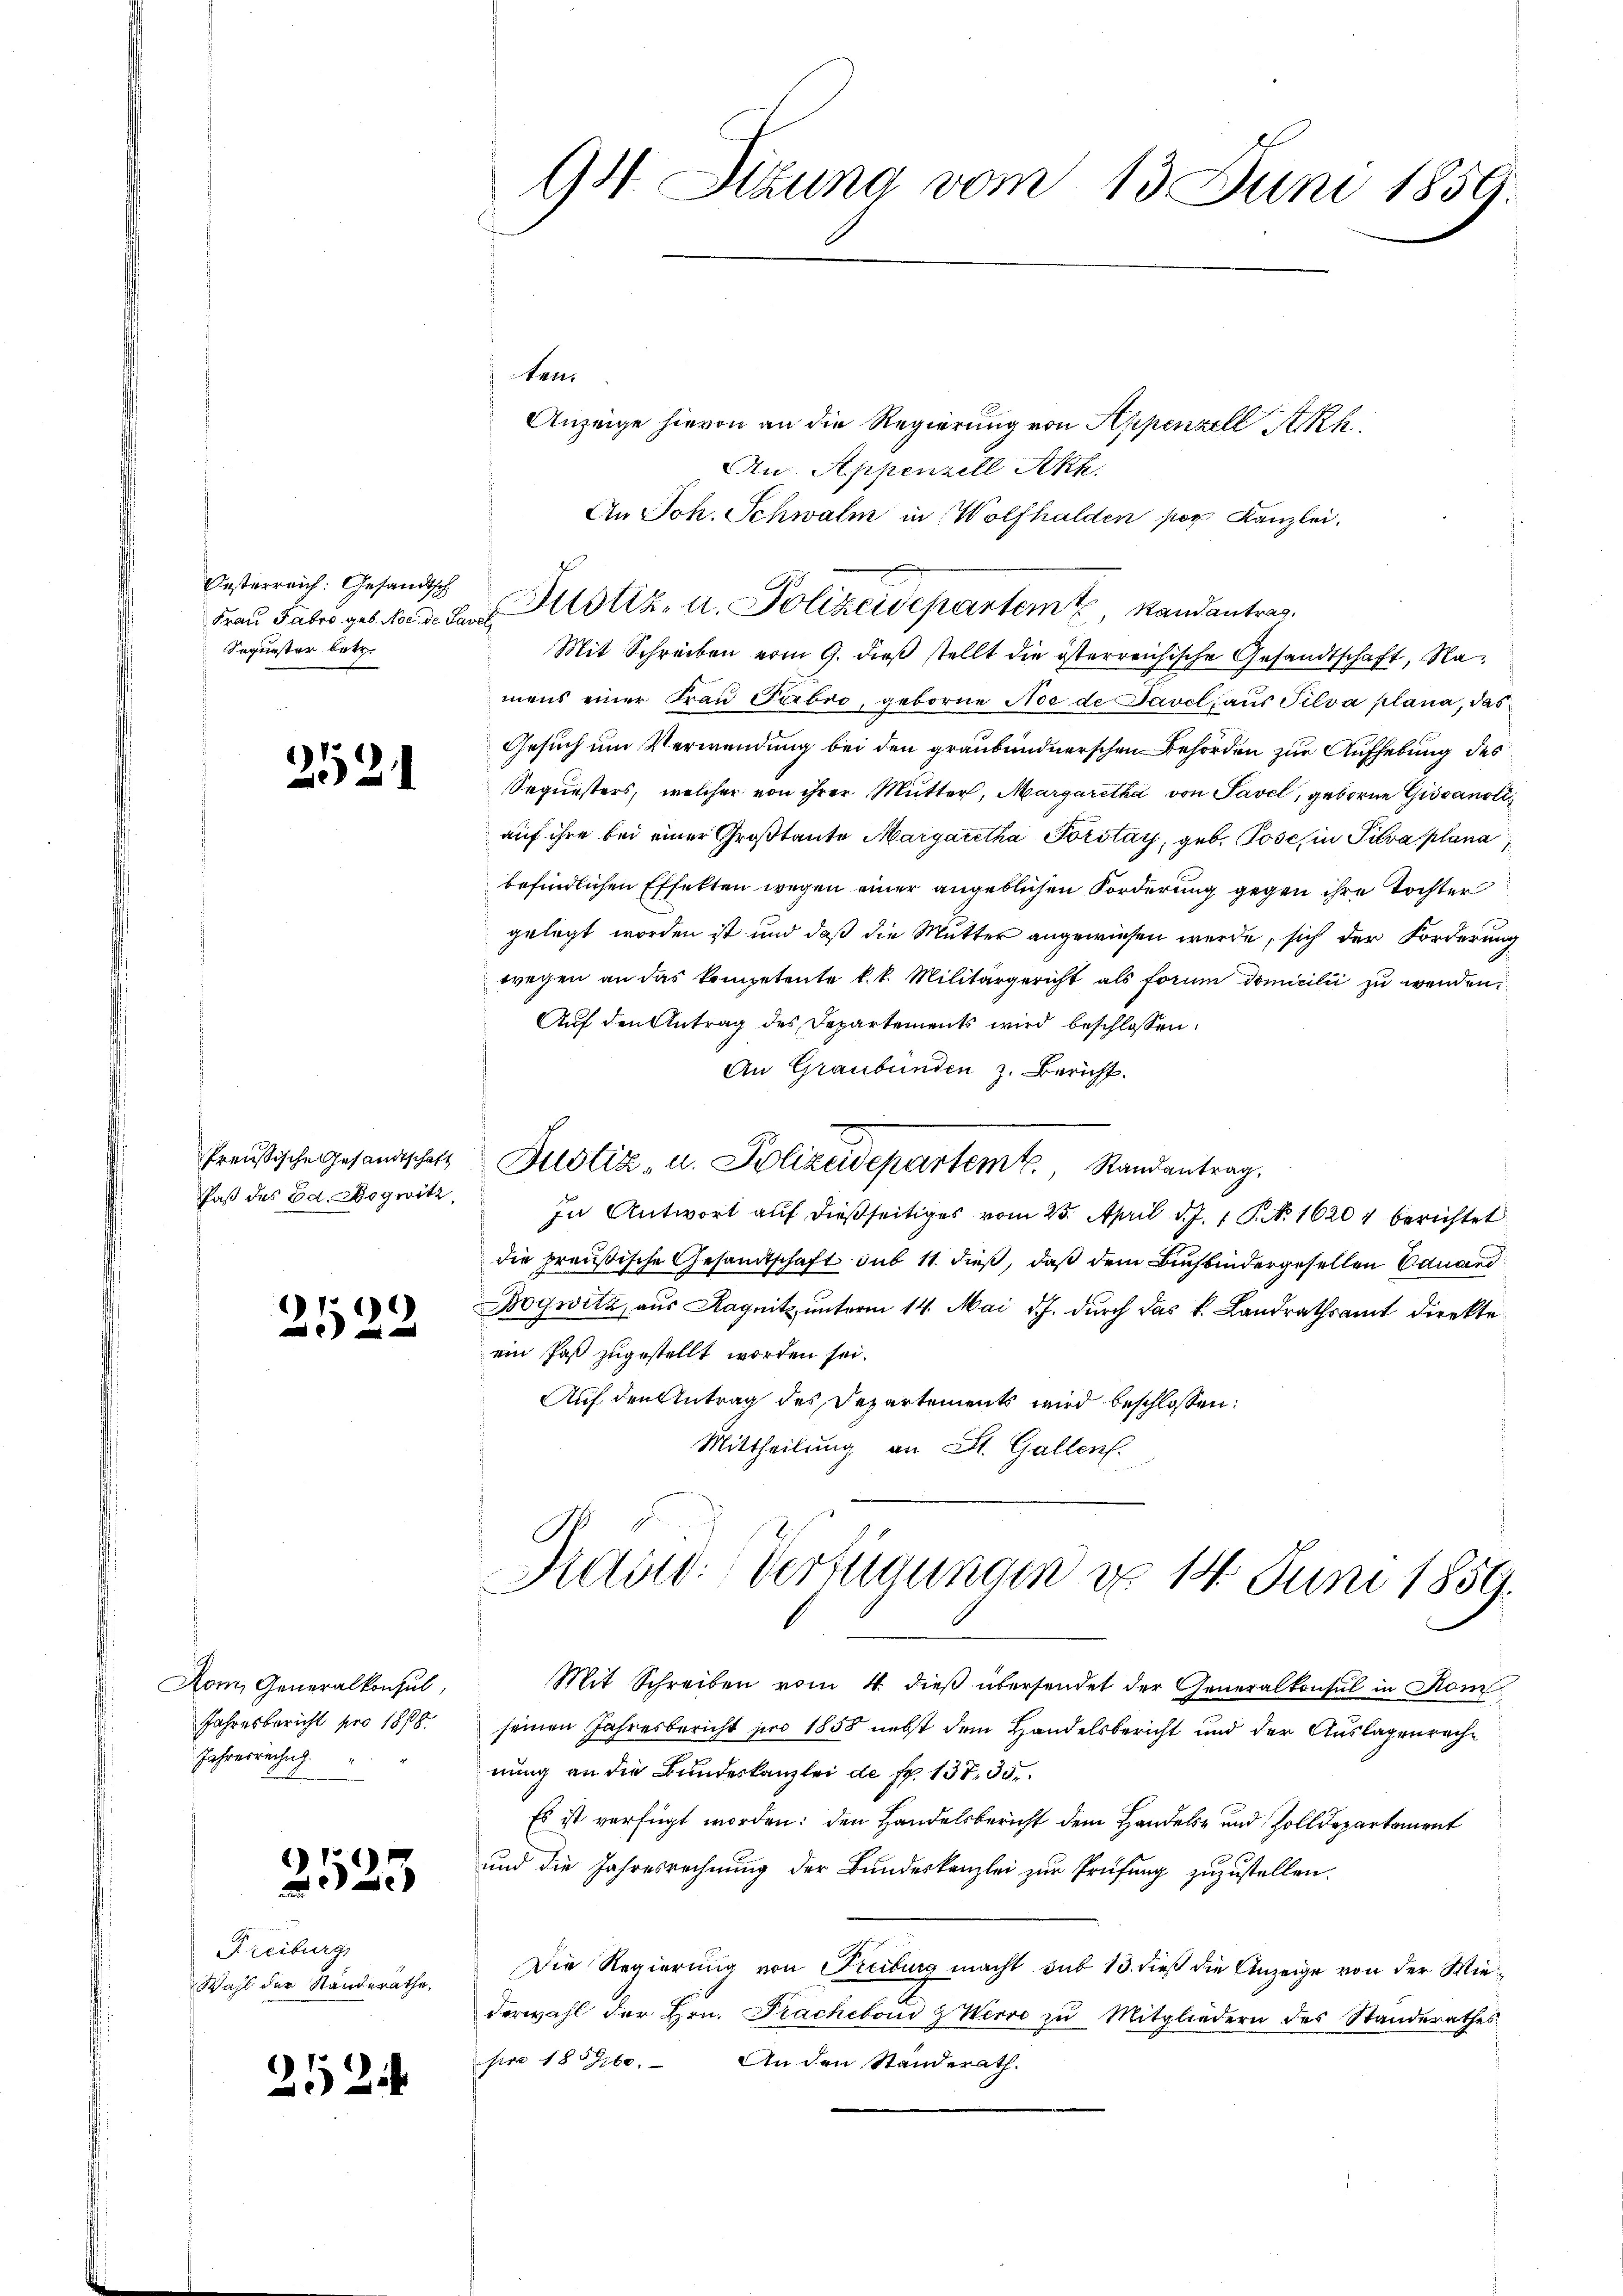
Oesterreich: Gesandtsch
Sequester betr.

2521

Paß des Ed. Dogwitz

2522

Rom. Generalkonsul,
Jahresbericht pro 1818.
Jahresrechn

2523

Freiburg,
Wahl der Standerathe,

252

94. Sizung vom 13. Juni 1859.

tan
Anzeige hievon an die Regierung von Appenzell Akk
Au. Appenzell Sekk.
An Joh. Schwalm in Wolfhalden per Kanzlei.
Fraŭ Fabro geb. Na de darf. Allotitz- u. Polizeisepartem Randantrag.
Mit Schreiben vom 9. dieß stellt die österreichische Gesandtschaft, Namens einer Frau Fabro, geborne Noc de Tavel aus Silva plana, das
Gesuch um Verwendung bei den graubündnerschen Behörden zur Aufhebung des
Sequesters, welcher von ihrer Mutter, Margaretha von Savel, geboren Giovanoli
auf ihre bei einer Großtante Margaretha Porstat, geb. Josef in Silvaplana
befindlichen Effekten wegen einer angeblichen Forderung gegen ihre Tochter
gelegt worden ist und daß die Mutter angewiesen werde, sich der Forderung
wegen an das kompetente k. k. Militärgericht als forum domicilii zu werden,
Auf den Antrag des Departements wird beschlossen:
An Graubünden z. Bericht.
Preußische Gesandtschaft Zustiz- u. Polizeidepartemt. Randantrag
In Antwort auf dießseitiges vom 25. April d. J. 1 S. No 1620 berichtet
die preußische Gesandtschaft sub 11 dieß, daß dem Buchbindergesellen Eduard
Boywitz, aus Kognitz unterm 14. Mai d.J. durch das k. Landrathsamt direkte
ein Paß zugestellt worden sei.
Auf den Antrag des Departements wird beschlossen:
Mittheilung an St. Gallen.

Mad: Verfügungen d. 14 Juni 1859.

Mit Schreiben vom 4. dieß übersendet der Generalkonsul in Kom
seinen Jahresbericht pro 1858 nebst dem Handelsbericht und der Auslagenreche
nung an die Bundeskanzlei de sr. 137, 35
Es ist verfügt worden: den Handelsbericht dem Handels- und Zolldepartement
und die Jahresrechnung der Bundeskanzlei zur Prüfung zuzustellen.
Die Regierung von Freiburg macht sub 15. dieß die Anzeige von der Wiederwahl der Hrn. Prachebond & Werve zu Mitgliedern des Standerathes
pro 1876. An den Standerath.